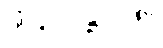
ပါ-၄၁၂၊ ဋ္ဌ-၂၀၈။